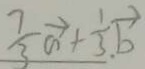
\frac { 7 } { 3 } \overrightarrow { a } + \frac { 1 } { 3 } _ { \cdot } \overrightarrow { b }